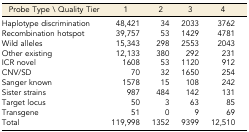
<table><thead><tr><td><b>Probe Type \ Quality Tier</b></td><td><b>1</b></td><td><b>2</b></td><td><b>3</b></td><td><b>4</b></td></tr></thead><tbody><tr><td>Haplotype discrimination</td><td>48,421</td><td>34</td><td>2033</td><td>3762</td></tr><tr><td>Recombination hotspot</td><td>39,757</td><td>53</td><td>1429</td><td>4781</td></tr><tr><td>Wild alleles</td><td>15,343</td><td>298</td><td>2553</td><td>2043</td></tr><tr><td>Other existing</td><td>12,133</td><td>380</td><td>292</td><td>231</td></tr><tr><td>ICR novel</td><td>1608</td><td>53</td><td>1120</td><td>912</td></tr><tr><td>CNV/SD</td><td>70</td><td>32</td><td>1650</td><td>254</td></tr><tr><td>Sanger known</td><td>1578</td><td>15</td><td>108</td><td>242</td></tr><tr><td>Sister strains</td><td>987</td><td>484</td><td>142</td><td>131</td></tr><tr><td>Target locus</td><td>50</td><td>3</td><td>63</td><td>85</td></tr><tr><td>Transgene</td><td>51</td><td>0</td><td>9</td><td>69</td></tr><tr><td>Total</td><td>119,998</td><td>1352</td><td>9399</td><td>12,510</td></tr></tbody></table>